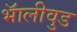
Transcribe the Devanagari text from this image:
भॅालीवुड